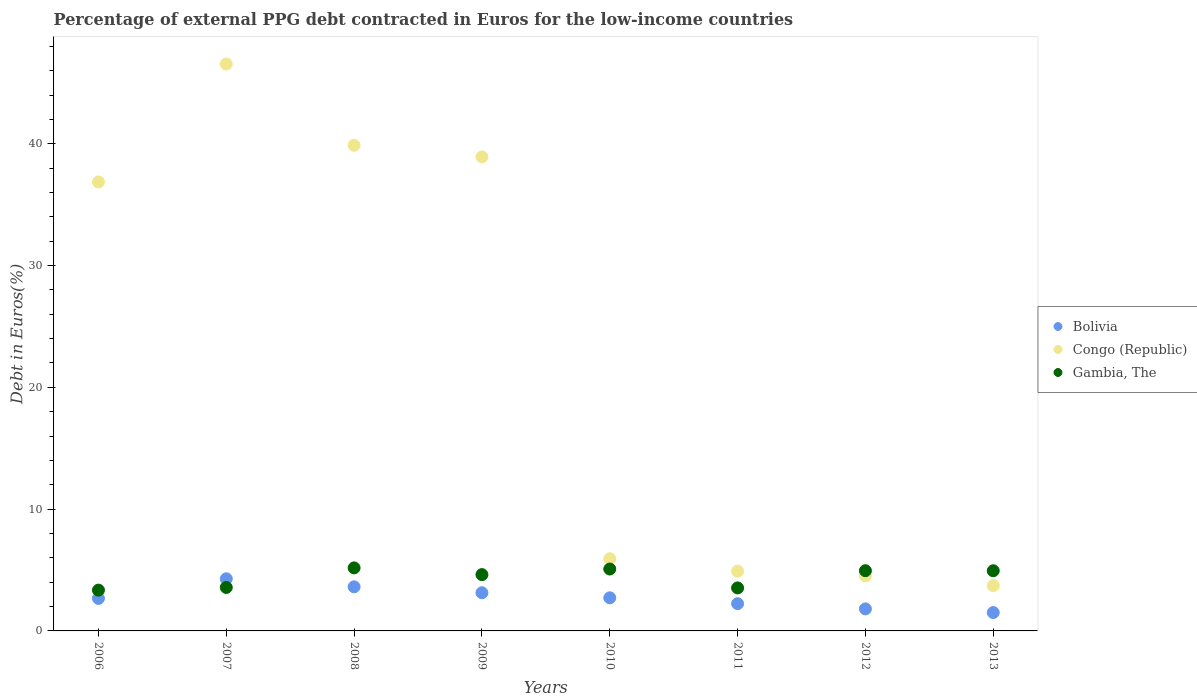
| Years | Bolivia | Congo (Republic) | Gambia, The |
 | --- | --- | --- | --- |
 | 2006 | 2.67 | 36.9 | 3.35 |
 | 2007 | 4.28 | 46.6 | 3.57 |
 | 2008 | 3.62 | 39.9 | 5.18 |
 | 2009 | 3.13 | 38.9 | 4.62 |
 | 2010 | 2.72 | 5.93 | 5.08 |
 | 2011 | 2.24 | 4.91 | 3.53 |
 | 2012 | 1.81 | 4.52 | 4.94 |
 | 2013 | 1.51 | 3.72 | 4.94 |